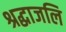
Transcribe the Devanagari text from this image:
श्रद्धाजलि